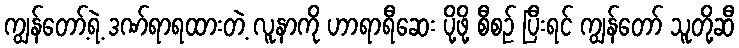
ကျွန်တော့်ရဲ့ ဒဏ်ရာရထားတဲ့ လူနာကို ဟာရာရီဆေး ပို့ဖို့ စီစဉ် ပြီးရင် ကျွန်တော် သူတို့ဆီ